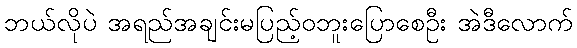
ဘယ်လိုပဲ အရည်အချင်းမပြည့်ဝဘူးပြောစေဦး အဲဒီလောက်